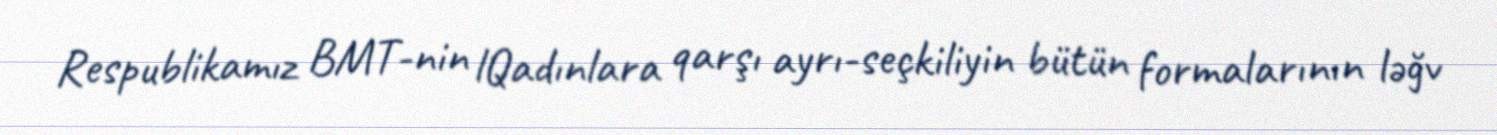
Respublikamız BMT-nin lQadınlara qarşı ayrı-seçkiliyin bütün formalarının ləğv